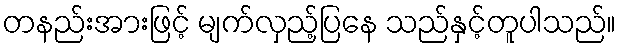
တနည်းအားဖြင့် မျက်လှည့်ပြနေ သည်နှင့်တူပါသည်။